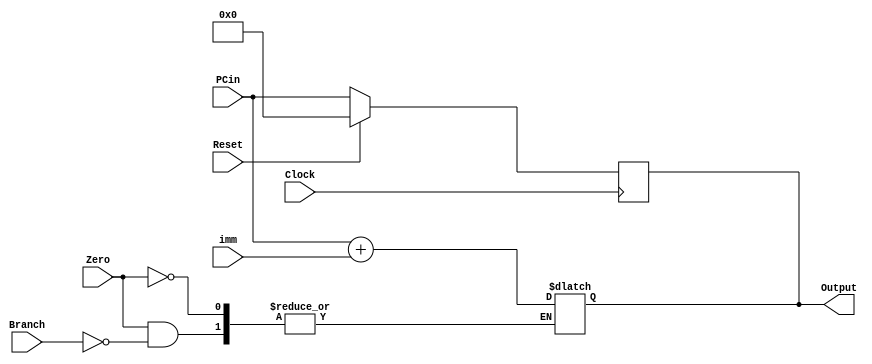
module PC(PCin, Output, Clock, Reset,Branch,Zero,imm);
  input wire [31:0] PCin,imm;
  input wire Clock, Reset,Branch,Zero;
  output reg [31:0] Output;
  reg [31:0] Aux;
  
  always @(posedge Clock) begin
    if (Reset) begin
      Output <= 32'b00000000000000000000000000000000;
    end else begin 
      Output <= PCin;
    end
    //$display ("%b - %b", PCin, Output);
  end
  always@(*)begin
    if(Zero)begin
      if(Branch)begin
        Output<=PCin + imm;
        
      end
    end
  end
endmodule


 

module Refresh_PC(
	 PCin, Clock, Reset, PCout
);
input wire [31:0] PCin;
	input wire Clock,Reset;
	output reg[31:0] PCout;
initial begin
  PCout = 0;
end
	always@(posedge Clock)
	begin
		if(Reset)
			PCout <= 32'b00000000000000000000000000000000;
		else
			PCout <= PCin;
	end
endmodule
module PC_Change(PCin,Add, Branch, Clock,PCout);
  input [31:0] PCin,Add;
  input Branch, Clock;
  output reg [31:0] PCout;
  always @(posedge Clock) begin

        case (Branch)
          1'b1: PCout <= Add;
          1'b0: PCout <= PCin + 32'b00000000000000000000000000000100;
        endcase
    
      end
    
  
endmodule